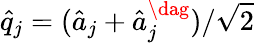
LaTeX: \hat{q}_{j}=(\hat{a}_{j}+\hat{a}_{j}^{\dag})/\sqrt{2}